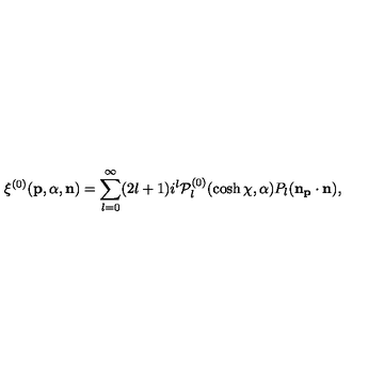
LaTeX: \xi ^ { ( 0 ) } ( { \bf p } , \alpha , { \bf n } ) = \sum _ { l = 0 } ^ { \infty } ( 2 l + 1 ) i ^ { l } { \cal { P } } _ { l } ^ { ( 0 ) } ( \cosh \chi , \alpha ) P _ { l } ( \bf n _ { \bf p } \cdot \bf n ) ,